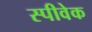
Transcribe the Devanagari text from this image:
स्पीवेक